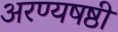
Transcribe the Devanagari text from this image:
अरण्यषष्ठी